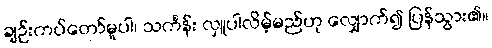
ချဉ်းကပ်တော်မူပါ၊ သင်္ကန်း လှူပါလိမ့်မည်ဟု လျှောက်၍ ပြန်သွား၏။